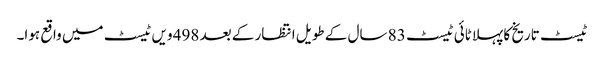
ٹیسٹ تاریخ کا پہلا ٹائی ٹیسٹ 83 سال کے طویل انتظار کے بعد 498 ویں ٹیسٹ میں واقع ہوا۔